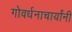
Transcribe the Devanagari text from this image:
गोवर्धनाचार्यांनी